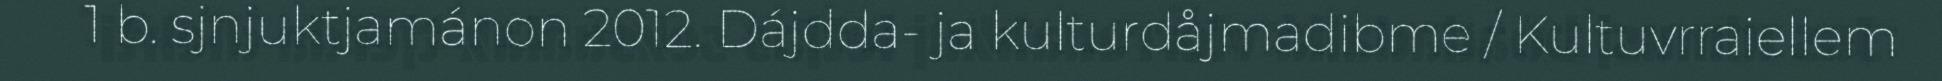
1 b. sjnjuktjamánon 2012. Dájdda- ja kulturdåjmadibme / Kultuvrraiellem